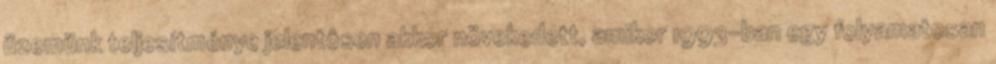
üzemünk teljesítménye jelentôsen akkor növekedett, amikor 1993-ban egy folyamatosan